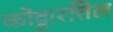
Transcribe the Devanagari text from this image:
कोट्टारत्तिल